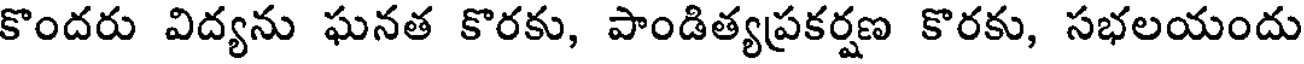
కొందరు విద్యను ఘనత కొరకు, పాండిత్యప్రకర్షణ కొరకు, సభలయందు